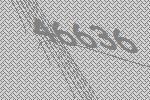
46636